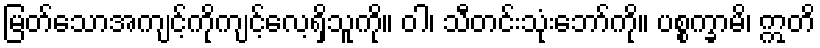
မြတ်သောအကျင့်ကိုကျင့်လေ့ရှိသူကို။ ဝါ၊ သီတင်းသုံးဘော်ကို။ ပစ္စက္ခာမိ၊ ဣတိ